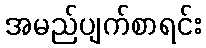
အမည်ပျက်စာရင်း